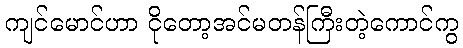
ကျင်မောင်ဟာ ငိုတော့အင်မတန်ကြီးတဲ့ကောင်ကွ